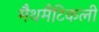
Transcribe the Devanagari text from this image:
मैथमैटिकली